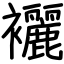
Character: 襹